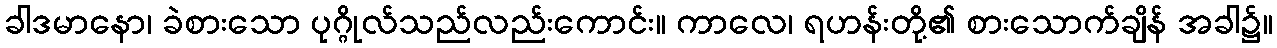
ခါဒမာနော၊ ခဲစားသော ပုဂ္ဂိုလ်သည်လည်းကောင်း။ ကာလေ၊ ရဟန်းတို့၏ စားသောက်ချိန် အခါ၌။